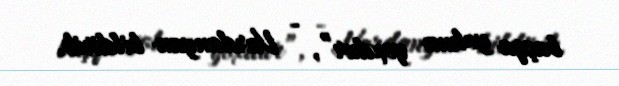
başqa yolum yoxdur”, - Vardanyan bildirib.